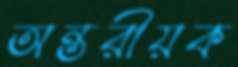
অন্তরীয়ক